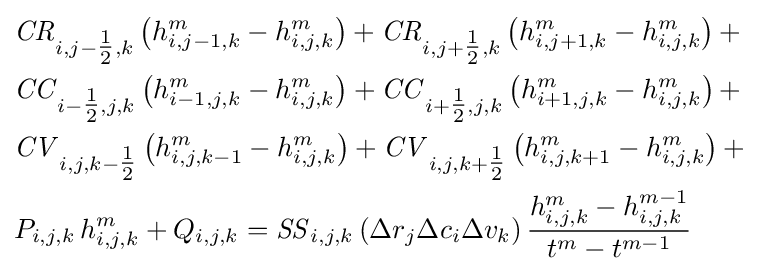
{\begin{aligned}&{\mathit {CR}}_{i,j-{\tfrac {1}{2}},k}\left(h_{i,j-1,k}^{m}-h_{i,j,k}^{m}\right)+{\mathit {CR}}_{i,j+{\tfrac {1}{2}},k}\left(h_{i,j+1,k}^{m}-h_{i,j,k}^{m}\right)+\\&{\mathit {CC}}_{i-{\tfrac {1}{2}},j,k}\left(h_{i-1,j,k}^{m}-h_{i,j,k}^{m}\right)+{\mathit {CC}}_{i+{\tfrac {1}{2}},j,k}\left(h_{i+1,j,k}^{m}-h_{i,j,k}^{m}\right)+\\&{\mathit {CV}}_{i,j,k-{\tfrac {1}{2}}}\left(h_{i,j,k-1}^{m}-h_{i,j,k}^{m}\right)+{\mathit {CV}}_{i,j,k+{\tfrac {1}{2}}}\left(h_{i,j,k+1}^{m}-h_{i,j,k}^{m}\right)+\\&P_{i,j,k}\,h_{i,j,k}^{m}+Q_{i,j,k}={\mathit {SS}}_{i,j,k}\left(\Delta r_{j}\Delta c_{i}\Delta v_{k}\right){\frac {h_{i,j,k}^{m}-h_{i,j,k}^{m-1}}{t^{m}-t^{m-1}}}\end{aligned}}